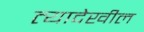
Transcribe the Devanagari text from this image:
त्यादेखील